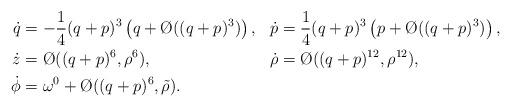
LaTeX: \begin{align*}\begin{aligned}\dot q & = -\frac{1}{4}(q+p)^3 \left(q+ \O((q+p)^3)\right), &\dot p & = \frac{1}{4}(q+p)^3 \left(p+ \O((q+p)^3)\right),\\ \dot z & = \O((q+p)^6,\rho^6), &\dot \rho & = \O((q+p)^{12},\rho^{12}), \\ \dot \phi & = \omega^0 + \O((q+p)^6,\tilde \rho).\end{aligned}\end{align*}